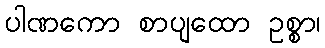
ပါဏကော စာပျထော ဥစ္စာ၊